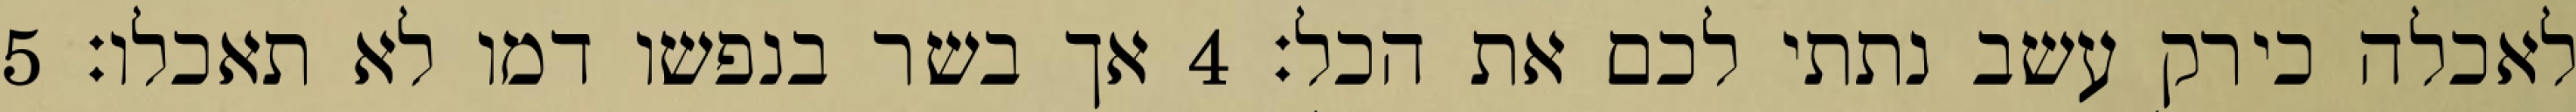
לאכלה כירק עשב נתתי לכם את הכל׃ ‎4‏ אך בשר בנפשו דמו לא תאכלו׃ ‎5‏